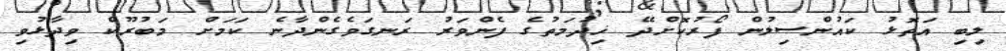
ލިބި އަތޮޅު ކައުންސިލުން ފޯރުކޮށްދޭ ޚިދުމަތުގެ ފެންވަރު ރަނގަވެގެންދާނެ ކަމަށް މަބުރޫކް ވިދާޅުވި